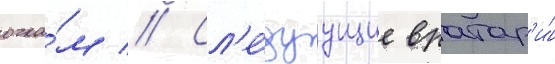
очка́м // Сл'е́дуущие вратар'и́